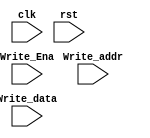
module memory_map(

    input clk,rst,Write_Ena,
    input [31:0]Write_addr,
    input [31:0]Write_data);

    reg [31:0] Register [4:0];
    reg [1:0] Write_Addr_MM;
    //initial begin
    //    Register[0] = 32'h00000000;
    //end
	
    always @ (posedge clk)
    begin
        case(Write_addr)
        32'h00004000: Write_Addr_MM = 0;
        32'h00004004: Write_Addr_MM = 1;
        32'h00004008: Write_Addr_MM = 2;
        32'h0000400C: Write_Addr_MM = 3;
        32'h00004010: Write_Addr_MM = 4;

        endcase
        if(Write_Ena )
            Register[Write_Addr_MM] <= Write_data;
    end

    //assign Read_data1 = (rst==1'b1) ? 32'd0 : Register[Read_addr1];
    //assign Read_data2 = (rst==1'b1) ? 32'd0 : Register[Read_addr2];

 
endmodule